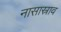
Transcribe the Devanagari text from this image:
नासास्राव